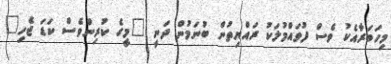
މިހަބަރާއެކު ވެސް ފުވައްމުލަކު ރައްޔިތުން ބުނަމުން ދަނީ "މީގެ ކުރިންވެސް ކަޑަ ޖެހި"